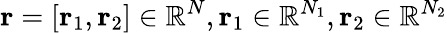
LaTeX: {\mathbf{r}}=[{\mathbf{r}}_{1},{\mathbf{r}}_{2}]\in\mathbb{R}^{N},{\mathbf{r}}_{1}\in\mathbb{R}^{N_{1}},{\mathbf{r}}_{2}\in\mathbb{R}^{N_{2}}